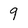
Character: 9